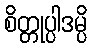
စိတ္တုပ္ပါဒမ္ပိ